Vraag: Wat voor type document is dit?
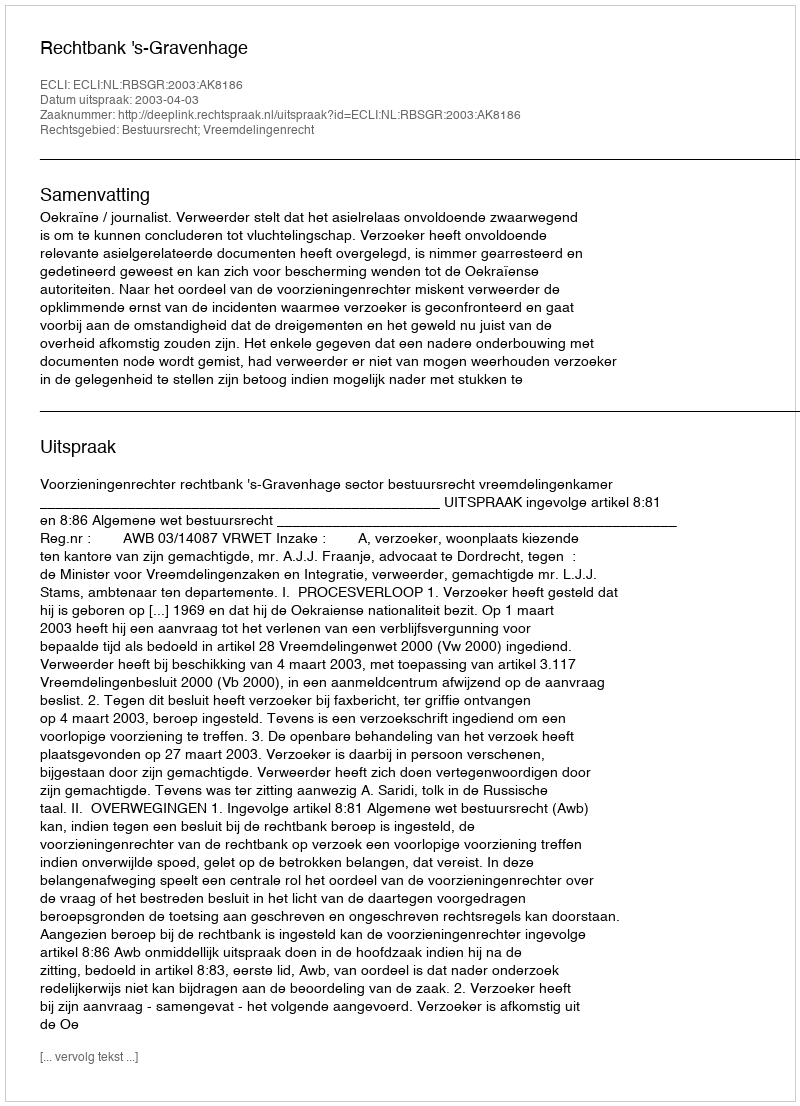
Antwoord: Uitspraak